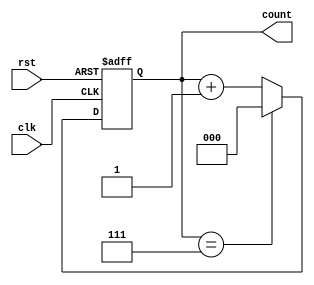
module up_counter_moore (
    input wire clk,      // Clock signal
    input wire rst,      // Asynchronous reset signal
    output reg [2:0] count // 3-bit output representing the current count value
);

// State encoding
parameter N = 8; // Maximum count value (for a 3-bit counter)

// Sequential logic for state transition
always @(posedge clk or posedge rst) begin
    if (rst) begin
        count <= 3'b000; // Reset to state 0
    end else begin
        if (count == (N - 1)) begin
            count <= 3'b000; // Wrap around to state 0
        end else begin
            count <= count + 1; // Increment the count
        end
    end
end

endmodule